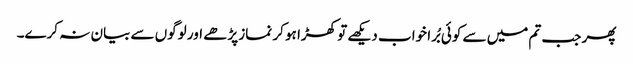
پھر جب تم میں سے کوئی بُرا خواب دیکھے تو کھڑا ہو کر نماز پڑھے اور لوگوں سے بیان نہ کرے۔